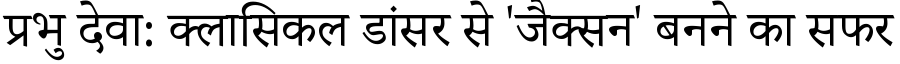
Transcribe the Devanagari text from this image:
प्रभु देवा: क्लासिकल डांसर से 'जैक्सन' बनने का सफर